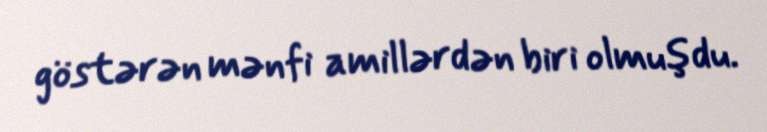
göstərən mənfi amillərdən biri olmuşdu.